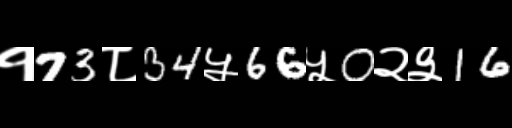
Text: १73८34५66५0२३16